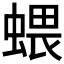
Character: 𧍥